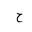
Letter: _ha